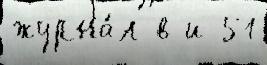
журна́л в и 51